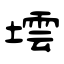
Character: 墵